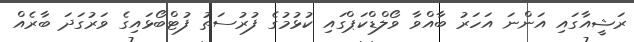
ރަޝީއާގައި އަންނަ އަހަރު ބާއްވާ ވޯލްޑްކަޕްގައި ކުޅުމުގެ ފުރުސަތު ފުޓްބޯޅައިގެ ވަރުގަދަ ބާރެއް